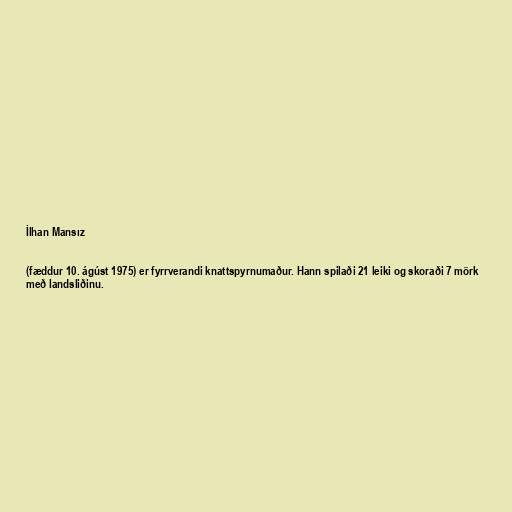
İlhan Mansız

(fæddur 10. ágúst 1975) er fyrrverandi knattspyrnumaður. Hann spilaði 21 leiki og skoraði 7 mörk
með landsliðinu.